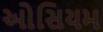
ઓસિયમ